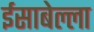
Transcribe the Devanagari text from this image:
ईसाबेल्ला